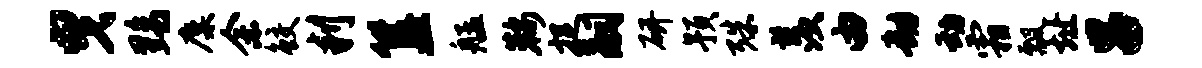
曳黝麋余鲛判簋艋鞍捉嗣研预殊羡由劫动霜瓢址吕